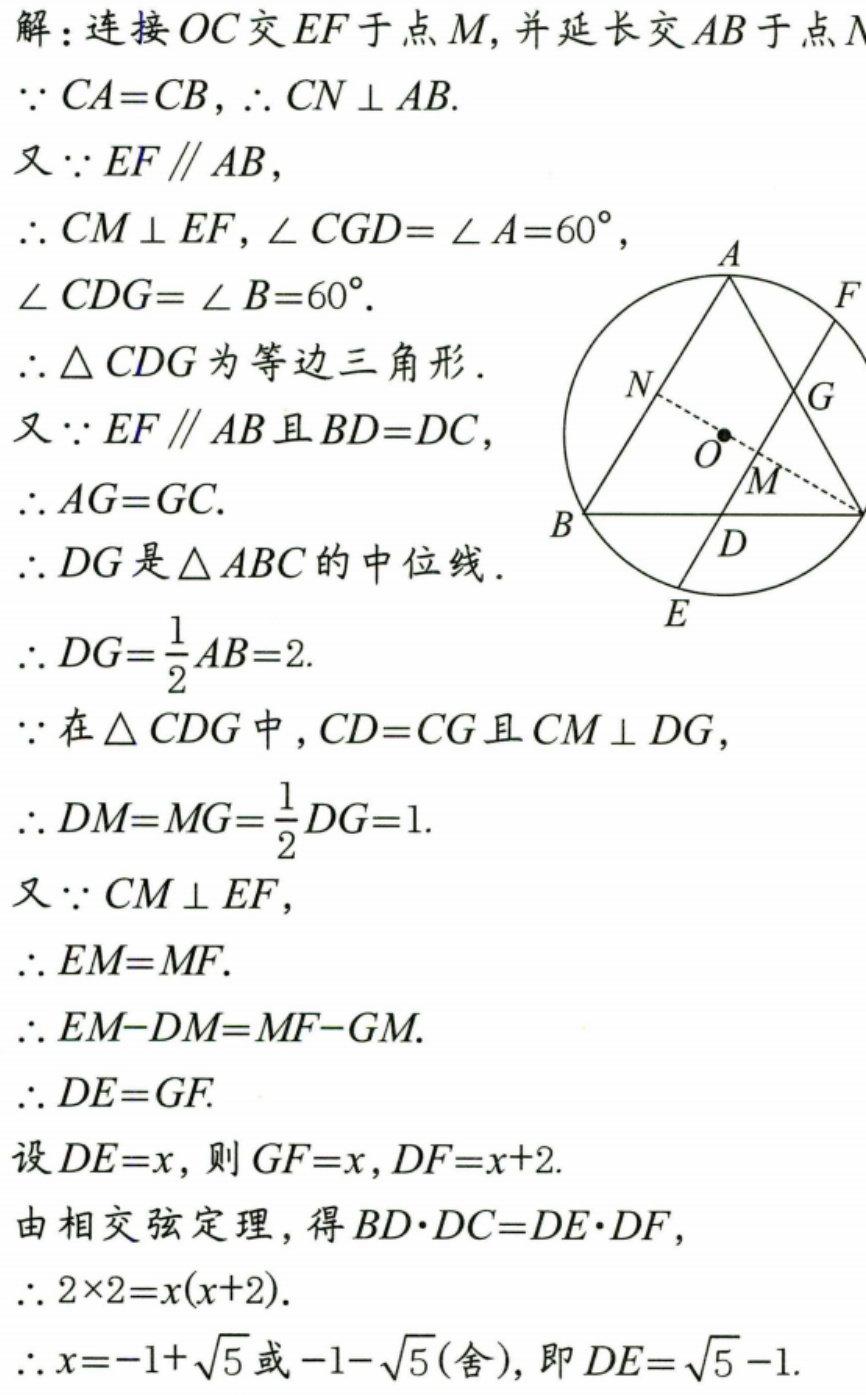
解：连接\(OC\)交\(EF\)于点\(M\)，并延长交\(AB\)于点\(N\)
\(\because CA = CB\)，\(\therefore CN\perp AB\).
又\(\because EF\parallel AB\)，
\(\therefore CM\perp EF\)，\(\angle CGD=\angle A = 60^{\circ}\)，
\(\angle CDG=\angle B = 60^{\circ}\).
\(\therefore\triangle CDG\)为等边三角形.
又\(\because EF\parallel AB\)且\(BD = DC\)，
\(\therefore AG = GC\).
\(\therefore DG\)是\(\triangle ABC\)的中位线.
\(\therefore DG=\dfrac{1}{2}AB = 2\).
\(\because\)在\(\triangle CDG\)中，\(CD = CG\)且\(CM\perp DG\)，
\(\therefore DM = MG=\dfrac{1}{2}DG = 1\).
又\(\because CM\perp EF\)，
\(\therefore EM = MF\).
\(\therefore EM - DM=MF - GM\).
\(\therefore DE = GF\).
设\(DE = x\)，则\(GF = x\)，\(DF = x + 2\).
由相交弦定理，得\(BD\cdot DC=DE\cdot DF\)，
\(\therefore 2\times2=x(x + 2)\).
\(\therefore x=-1+\sqrt{5}\)或\(-1-\sqrt{5}(\text{舍})\)，即\(DE=\sqrt{5}-1\).